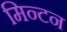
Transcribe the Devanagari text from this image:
मिन्टन